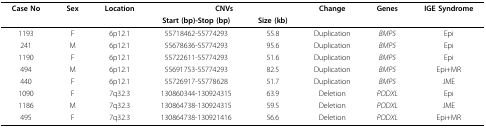
<table><thead><tr><td><b>Case No</b></td><td><b>Sex</b></td><td><b>Location</b></td><td colspan="2"><b>CNVs</b></td><td><b>Change</b></td><td><b>Genes</b></td><td><b>IGE Syndrome</b></td></tr><tr><td></td><td></td><td></td><td><b>Start (bp)-Stop (bp)</b></td><td><b>Size (kb)</b></td><td></td><td></td><td></td></tr></thead><tbody><tr><td>1193</td><td>F</td><td>6p12.1</td><td>55718462-55774293</td><td>55.8</td><td>Duplication</td><td><i>BMP5</i></td><td>Epi</td></tr><tr><td>241</td><td>M</td><td>6p12.1</td><td>55678636-55774293</td><td>95.6</td><td>Duplication</td><td><i>BMP5</i></td><td>Epi</td></tr><tr><td>1190</td><td>F</td><td>6p12.1</td><td>55722611-55774293</td><td>51.6</td><td>Duplication</td><td><i>BMP5</i></td><td>Epi</td></tr><tr><td>494</td><td>M</td><td>6p12.1</td><td>55691753-55774293</td><td>82.5</td><td>Duplication</td><td><i>BMP5</i></td><td>Epi+MR</td></tr><tr><td>440</td><td>F</td><td>6p12.1</td><td>55726917-55778628</td><td>51.7</td><td>Duplication</td><td><i>BMP5</i></td><td>JME</td></tr><tr><td>1090</td><td>F</td><td>7q32.3</td><td>130860344-130924315</td><td>63.9</td><td>Deletion</td><td><i>PODXL</i></td><td>Epi</td></tr><tr><td>1186</td><td>M</td><td>7q32.3</td><td>130864738-130924315</td><td>59.5</td><td>Deletion</td><td><i>PODXL</i></td><td>JME</td></tr><tr><td>495</td><td>F</td><td>7q32.3</td><td>130864738-130921416</td><td>56.6</td><td>Deletion</td><td><i>PODXL</i></td><td>Epi+MR</td></tr></tbody></table>